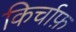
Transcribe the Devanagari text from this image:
किर्चाफ़